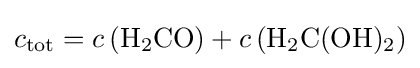
c_{\mathrm {tot} }=c\left({\mathrm {H} {\vphantom {A}}_{\smash[{t}]{2}}\mathrm {CO} }\right)+c\left({\mathrm {H} {\vphantom {A}}_{\smash[{t}]{2}}\mathrm {C} (\mathrm {OH} ){\vphantom {A}}_{\smash[{t}]{2}}}\right)